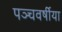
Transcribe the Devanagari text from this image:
पञ्चवर्षीया